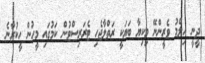
ދީނީ އިލްމު ވެރީންނޭ މިކިޔާ ބަޔަކީ ރަތްލާޖެހި ޓެރަރިސްޓުން ކަމުގައި މީހުން ހީކުރާނެ